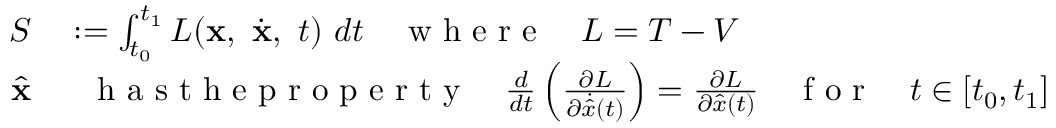
\begin{array} { r l } { S } & { { } : = \int _ { t _ { 0 } } ^ { t _ { 1 } } L ( { \bf x } , ~ \dot { \bf x } , ~ t ) ~ d t \quad \textrm { w h e r e } \quad L = T - V } \\ { \quad \hat { \bf x } } & { { } ~ ~ \textrm { h a s t h e p r o p e r t y } \quad \frac { d } { d t } \left( \frac { \partial L } { \partial \dot { \hat { x } } ( t ) } \right) = \frac { \partial L } { \partial \hat { x } ( t ) } \quad \textrm { f o r } \quad t \in [ t _ { 0 } , t _ { 1 } ] } \end{array}